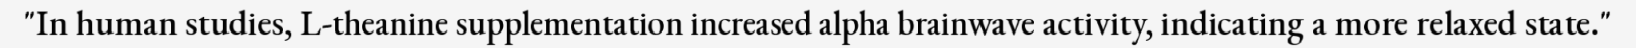
"In human studies, L-theanine supplementation increased alpha brainwave activity, indicating a more relaxed state."